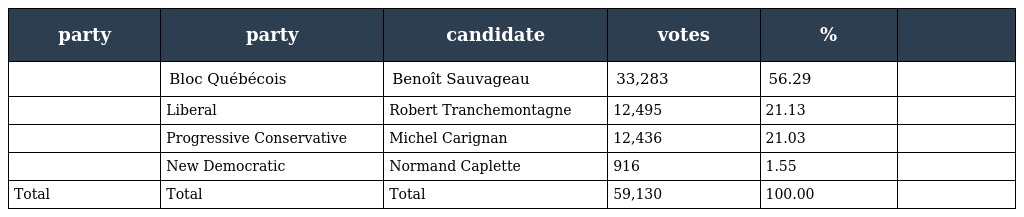
| party | party | candidate | votes | % |  |
 | --- | --- | --- | --- | --- | --- |
 |  | Bloc Québécois | Benoît Sauvageau | 33,283 | 56.29 |  |
 |  | Liberal | Robert Tranchemontagne | 12,495 | 21.13 |  |
 |  | Progressive Conservative | Michel Carignan | 12,436 | 21.03 |  |
 |  | New Democratic | Normand Caplette | 916 | 1.55 |  |
 | Total | Total | Total | 59,130 | 100.00 |  |